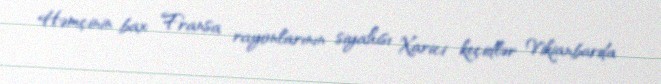
Həmçinin bax Fransa rayonlarının siyahısı Xarici keçidlər Vikianbarda